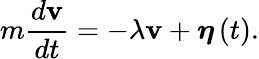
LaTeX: m{\frac{d\mathbf{v}}{dt}}=-\lambda\mathbf{v}+{\boldsymbol{\eta}}\left(t\right).